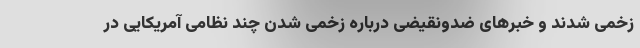
زخمی شدند و خبرهای ضدونقیضی درباره زخمی شدن چند نظامی آمریکایی در